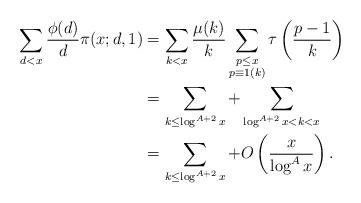
LaTeX: \begin{align*} \sum_{d<x}\frac{\phi(d)}d\pi(x;d,1)&=\sum_{k<x}\frac{\mu(k)}k\sum_{\substack{{p\leq x} \\ {p\equiv 1 (k)}}}\tau\left(\frac{p-1}k\right) \\ &=\sum_{k\leq \log^{A+2} x} + \sum_{\log^{A+2}x<k<x}\\ &=\sum_{k\leq \log^{A+2} x} + O\left(\frac{x}{\log^A x}\right). \end{align*}